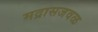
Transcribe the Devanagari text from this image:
मद्रासजवळ